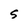
Character: S